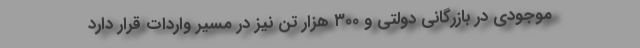
موجودی در بازرگانی دولتی و ۳۰۰ هزار تن نیز در مسیر واردات قرار دارد